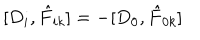
[ D _ { i } , \hat { F } _ { i k } ] = - [ D _ { 0 } , \hat { F } _ { 0 k } ]